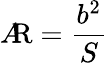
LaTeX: A\! \! {\mathrm{R}}={\frac{b^{2}}{S}}